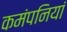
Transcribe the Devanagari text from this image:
कमंपनियां